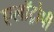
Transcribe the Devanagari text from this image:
एलॉट्रोपी